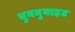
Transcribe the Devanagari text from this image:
चुनमुनाहट